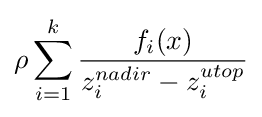
\rho \sum _{i=1}^{k}{\frac {f_{i}(x)}{z_{i}^{nadir}-z_{i}^{utop}}}